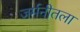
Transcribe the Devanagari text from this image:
जर्मनीतला